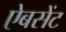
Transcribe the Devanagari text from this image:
ऐबसेंट